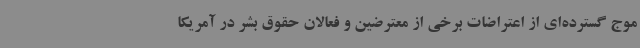
موج گسترده‌ای از اعتراضات برخی از معترضین و فعالان حقوق بشر در آمریکا